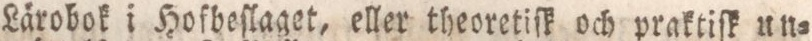
Härobok i Hofbeſlaget, eller theoretiſk och praktiſk un=